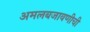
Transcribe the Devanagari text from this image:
अमलबजावणीची